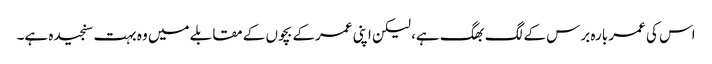
اس کی عمر بارہ برس کے لگ بھگ ہے، لیکن اپنی عمرکے بچوں کے مقابلے میں وہ بہت سنجیدہ ہے۔